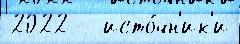
2022   исто́чн'ик'и